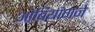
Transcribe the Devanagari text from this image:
ओबियांगने